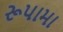
રૂપામા